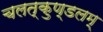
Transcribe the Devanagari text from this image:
चलत्कुण्डलम्